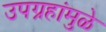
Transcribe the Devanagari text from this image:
उपग्रहांमुळे